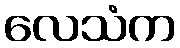
လေသံက